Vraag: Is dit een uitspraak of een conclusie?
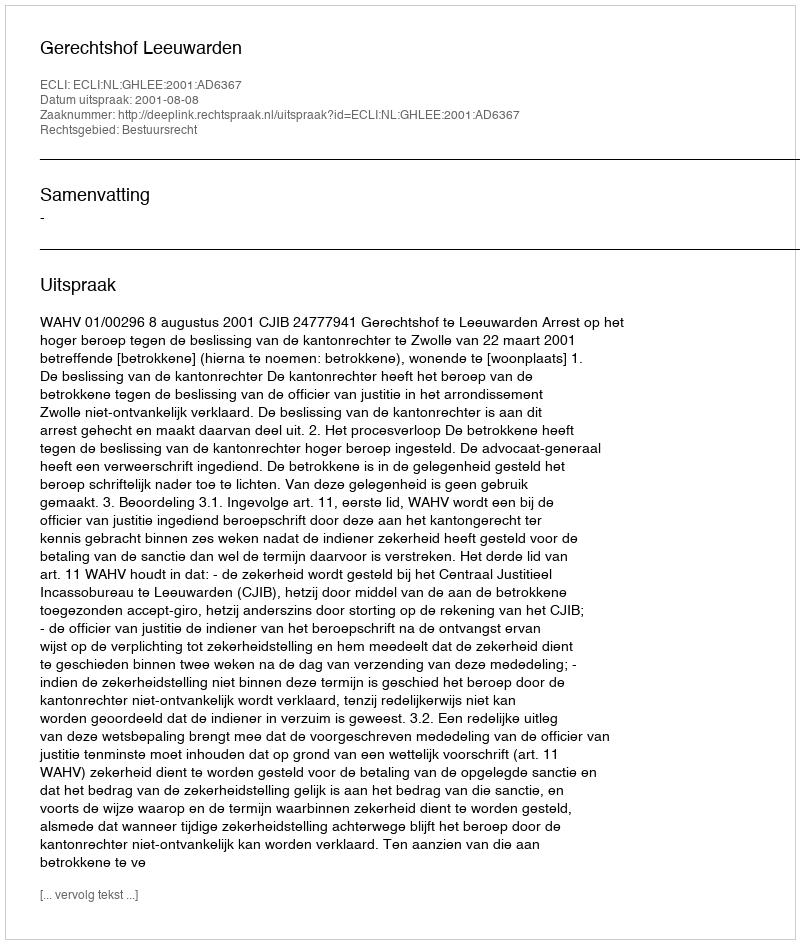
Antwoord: Uitspraak